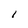
Character: l